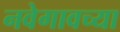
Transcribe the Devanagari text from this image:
नवेगावच्या